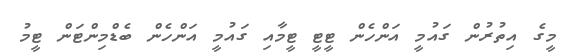
މީގެ އިތުރުން ގައުމީ އަންހެން ޓީޓީ ޓީމާއި ގައުމީ އަންހެން ބެޑްމިންޓަން ޓީމު